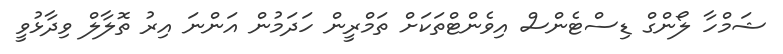
ޝަމްހާ ލޯންގް ޑިސްޓެންސް އިވެންޓްތަކަށް ތަމްރީން ހަދަމުން އަންނަ އިރު ތޮލާލް ވިދާޅުވީ